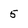
Character: 5